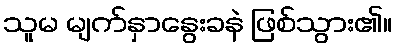
သူမ မျက်နှာနွေးခနဲ ဖြစ်သွား၏။